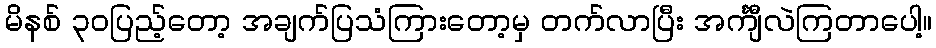
မိနစ် ၃၀ပြည့်တော့ အချက်ပြသံကြားတော့မှ တက်လာပြီး အင်္ကျီလဲကြတာပေါ့။